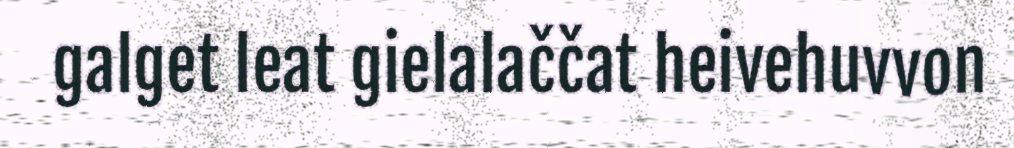
galget leat gielalaččat heivehuvvon